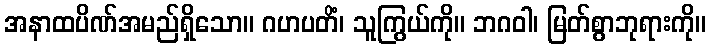
အနာထပိဏ်အမည်ရှိသော။ ဂဟပတိံ၊ သူကြွယ်ကို။ ဘဂဝါ၊ မြတ်စွာဘုရားကို။